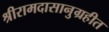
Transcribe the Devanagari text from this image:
श्रीरामदासानुग्रहीत